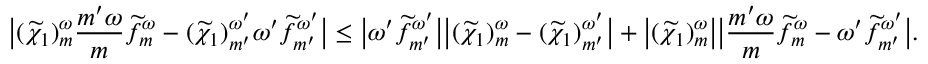
\big | ( \widetilde { \chi } _ { 1 } ) _ { m } ^ { \omega } \frac { { m ^ { \prime } } \omega } { m } \widetilde { f } _ { m } ^ { \omega } - ( \widetilde { \chi } _ { 1 } ) _ { m ^ { \prime } } ^ { \omega ^ { \prime } } { \omega ^ { \prime } } \widetilde { f } _ { m ^ { \prime } } ^ { \omega ^ { \prime } } \big | \leq \big | \omega ^ { \prime } \widetilde { f } _ { m ^ { \prime } } ^ { \omega ^ { \prime } } \big | \big | ( \widetilde { \chi } _ { 1 } ) _ { m } ^ { \omega } - ( \widetilde { \chi } _ { 1 } ) _ { m ^ { \prime } } ^ { \omega ^ { \prime } } \big | + \big | ( \widetilde { \chi } _ { 1 } ) _ { m } ^ { \omega } \big | \big | { \frac { { m ^ { \prime } } \omega } { m } } \widetilde { f } _ { m } ^ { \omega } - { \omega ^ { \prime } } \widetilde { f } _ { m ^ { \prime } } ^ { \omega ^ { \prime } } \big | .